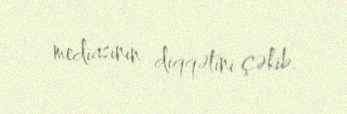
mediasının diqqətini çəkib.